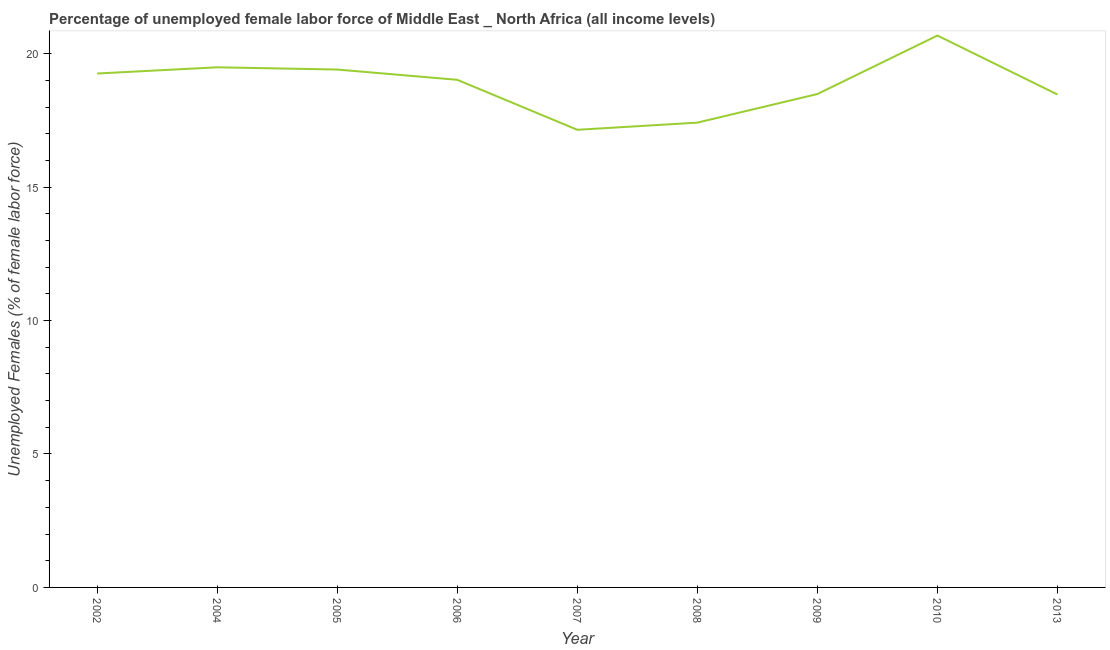
| Year | Unemployment female |
 | --- | --- |
 | 2002 | 19.3 |
 | 2004 | 19.5 |
 | 2005 | 19.4 |
 | 2006 | 19 |
 | 2007 | 17.1 |
 | 2008 | 17.4 |
 | 2009 | 18.5 |
 | 2010 | 20.7 |
 | 2013 | 18.5 |